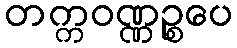
တက္ကဝဏ္ဏဉ္စပေ